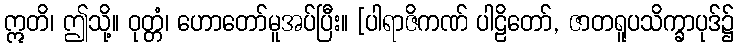
ဣတိ၊ ဤသို့။ ဝုတ္တံ၊ ဟောတော်မူအပ်ပြီး။ [ပါရာဇိကဏ် ပါဠိတော်, ဇာတရူပသိက္ခာပုဒ်၌